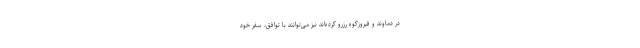
در دماوند و فیروزکوه رزرو کرده‌اند نیز می‌توانند با توافق، سفر خود